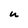
Character: u